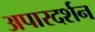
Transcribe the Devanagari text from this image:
अपारदर्शन